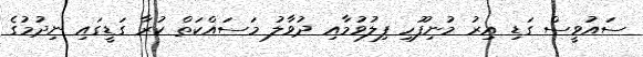
ސައުވީސް ގަޑި އިރު މުނިފޫހި ފިލުވުމާއި ދުވާލު މަސައްކަތް ކުރާ ގަޑީގައި ނިދުމުގެ